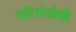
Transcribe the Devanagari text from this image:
चरित्ररेखेची